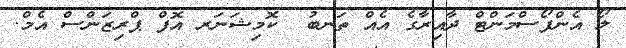
ލޯ އެންފޯސްމަންޓް ދާއިރާގެ އެއް ތަނބު  ކޮމިޝަނަރ އޮފް ޕްރިޒަންސް އެމް.